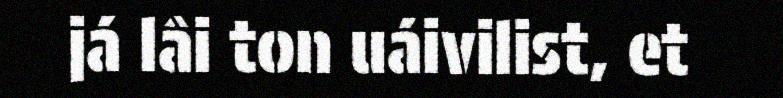
já lâi ton uáivilist, et